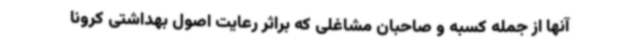
آنها از جمله کسبه و صاحبان مشاغلی که براثر رعایت اصول بهداشتی کرونا